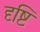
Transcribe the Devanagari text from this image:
दृष्टि